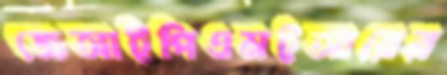
জেআইপিএমইআরের